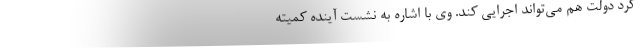
کرد دولت هم می‌تواند اجرایی کند. وی با اشاره به نشست آینده کمیته